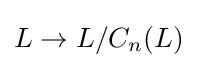
L\to L/C_{n}(L)